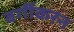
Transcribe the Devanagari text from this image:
वर्गीकरन